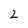
Character: 2